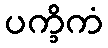
ပက္ခိကံ